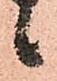
候